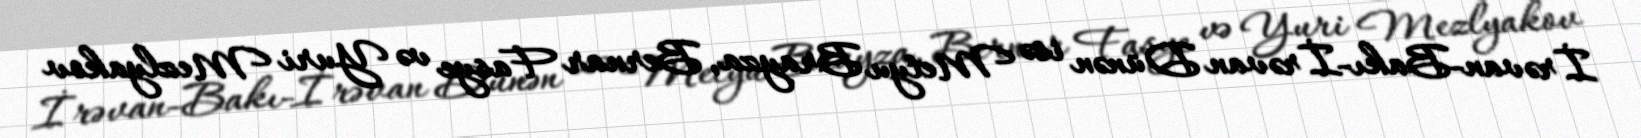
İrəvan-Bakı-İrəvan Dünən isə Metyu Brayza, Bernar Fasye və Yuri Mezlyakov